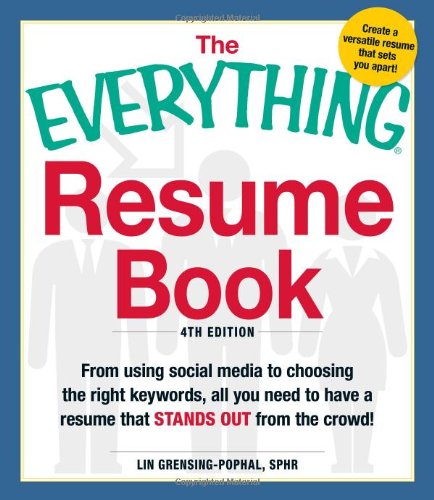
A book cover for The Everything Resume Book: From Using Social Media to Choosing the Right Keywords, All You Need to Have a Resume That Stands Out From the Crowd!; Lin Grensing-Pophal; Business & Money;